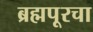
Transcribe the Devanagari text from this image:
ब्रह्मपूरचा